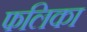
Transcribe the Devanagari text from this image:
फलिका